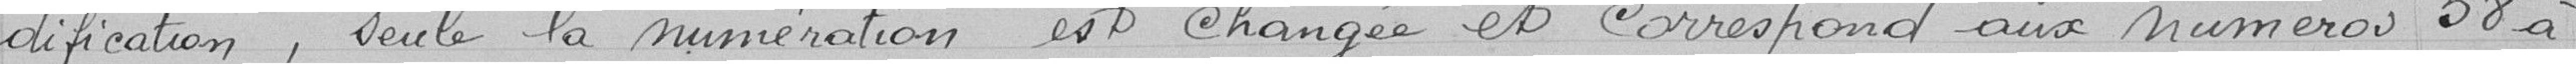
-dification, seule la numérotation est changée et correspond aux numéros 58 à